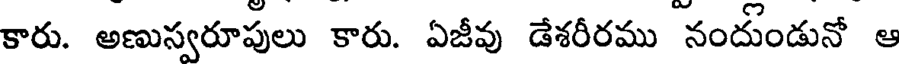
కారు. అణుస్వరూపులు కారు. ఏజీవు డేశరీరము నందుండునో ఆ